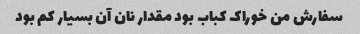
سفارش من خوراک کباب بود مقدار نان آن بسیار کم بود